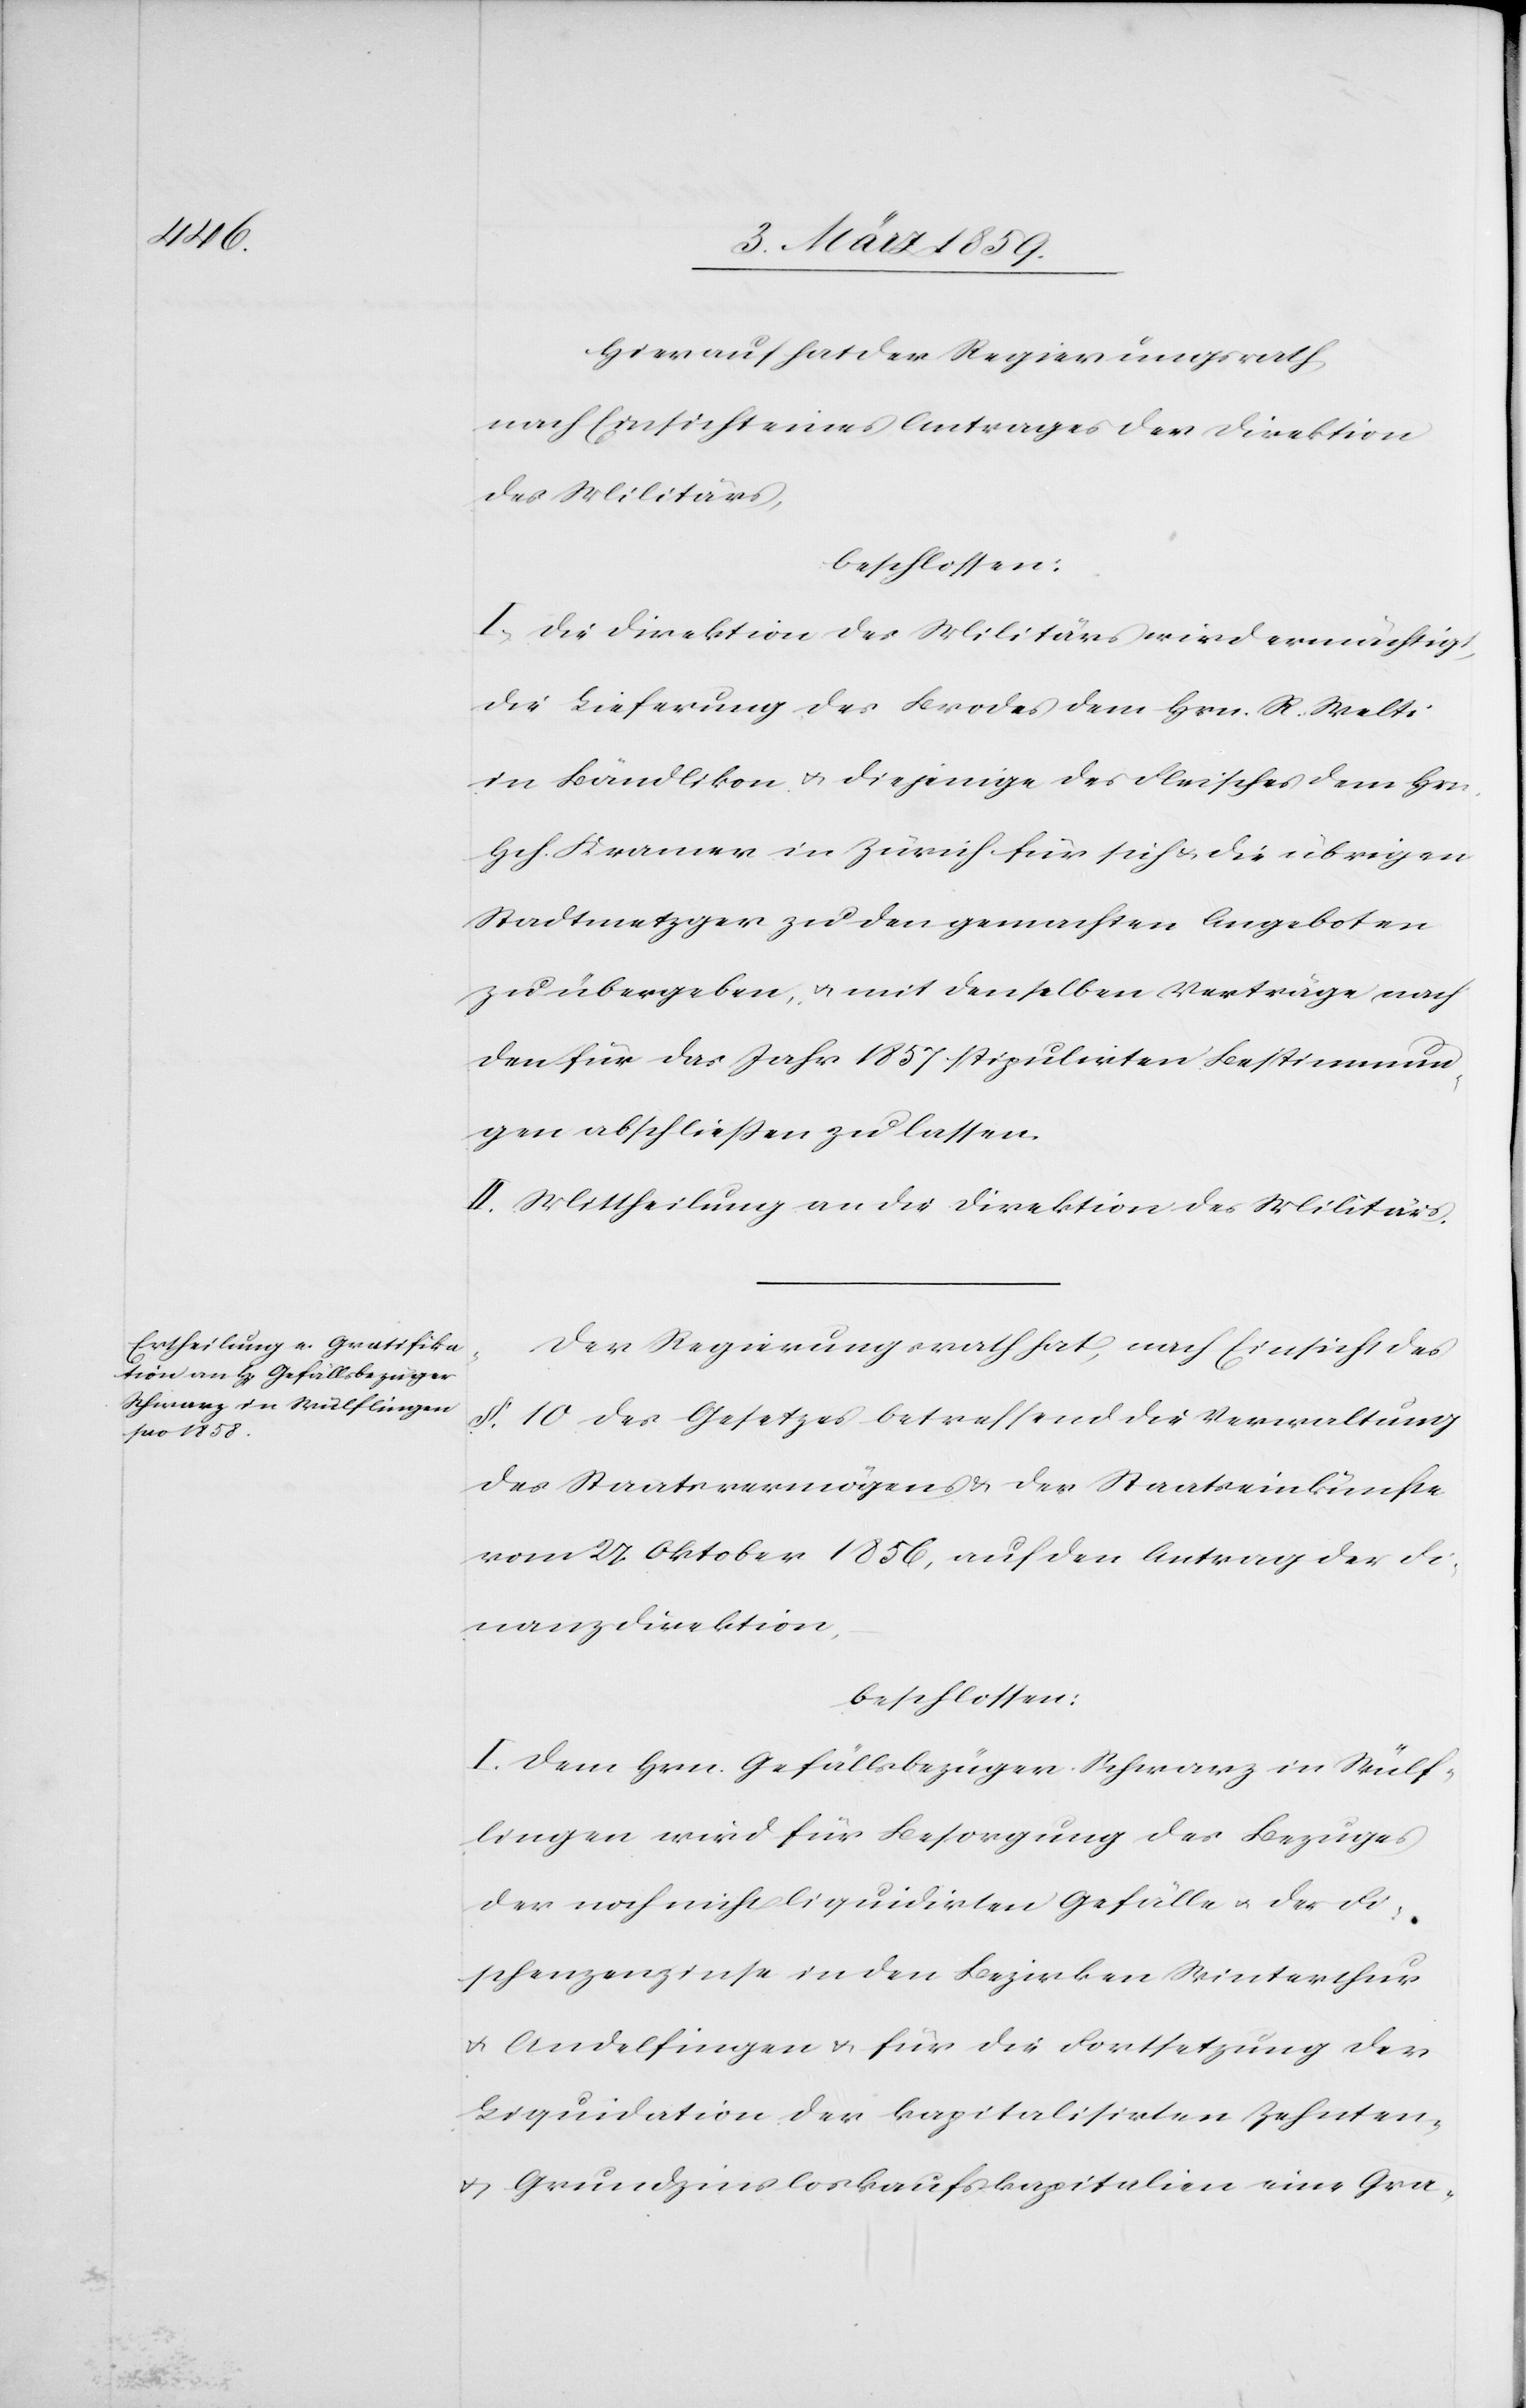
Hierauf hat der Regierungsrath,
nach Einsicht eines Antrages der Direktion
des Militärs,
beschlossen:
I. Die Direktion des Militärs wird ermächtigt,
die Lieferung des Brodes dem Hrn. R. Welti
in Bändlikon u. diejenige des Fleisches dem Hrn.
Hch. Kramer in Zürich für sich u. die übrigen
Stadtmetzger zu den gemachten Angeboten
zu übergeben, u. mit denselben Verträge nach
den für das Jahr 1857 stipulirten Bestimmun¬
gen abschließen zu lassen.
II. Mittheilung an die Direktion des Militärs.
Der Regierungsrath hat, nach Einsicht des
§. 10 des Gesetzes betreffend die Verwaltung
des Staatsvermögens & der Staatseinkünfte
vom 27. Oktober 1856, auf den Antrag der Fi¬
nanzdirektion,
beschlossen:
I. Dem Hrn. Gefällsbezüger Schwarz in Wülf¬
lingen wird für Besorgung des Bezuges
der noch nicht liquidirten Gefälle u. der Fi¬
schenzenzinse in den Bezirken Winterthur
u. Andelfingen u. für die Fortsetzung der
Liquidation der kapitalisirten Zehnten-
u. Grundzinsloskaufskapitalien eine Gra-